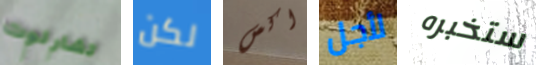
تشارلوت لكن اكس لأجل ستخبره